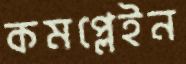
কমপ্লেইন